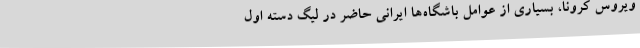
ویروس کرونا، بسیاری از عوامل باشگاه‌ها ایرانی حاضر در لیگ دسته اول